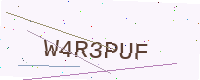
Text: W4R3PUF